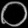
Digit: ၀